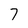
Character: 7